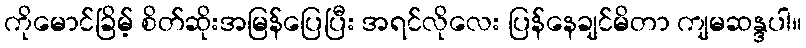
ကိုမောင်ခြိမ့် စိတ်ဆိုးအမြန်ပြေပြီး အရင်လိုလေး ပြန်နေချင်မိတာ ကျမဆန္ဒပါ။